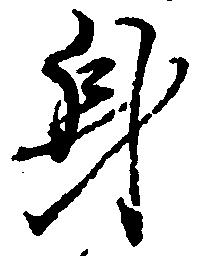
身